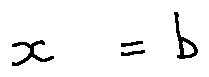
x = b